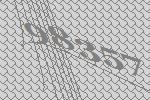
98357